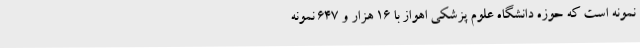
نمونه است که حوزه دانشگاه علوم پزشکی اهواز با 16 هزار و 647 نمونه